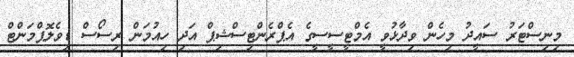
މިނިސްޓަރު ސައީދު މިހެން ވިދާޅުވީ އެމްޓީސީސީގެ އެޕްރެންޓިސްޝިޕް އަދި ހިއުމަން ރިސޯސް ޑިވެލޮޕްމަންޓް